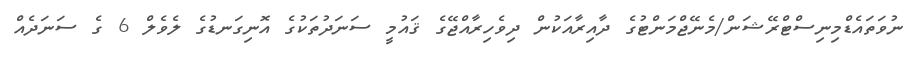
ނުވަތައެޑްމިނިސްޓްރޭޝަން/މެނޭޖްމަންޓުގެ ދާއިރާއަކުން ދިވެހިރާއްޖޭގެ ޤައުމީ ސަނަދުތަކުގެ އޮނިގަނޑުގެ ލެވެލް 6 ގެ ސަނަދެއް